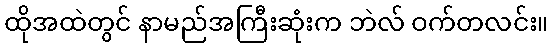
ထိုအထဲတွင် နာမည်အကြီးဆုံးက ဘဲလ် ဝက်တလင်း။